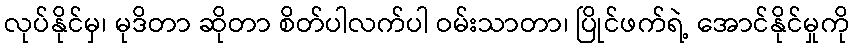
လုပ်နိုင်မှ၊ မုဒိတာ ဆိုတာ စိတ်ပါလက်ပါ ဝမ်းသာတာ၊ ပြိုင်ဖက်ရဲ့ အောင်နိုင်မှုကို